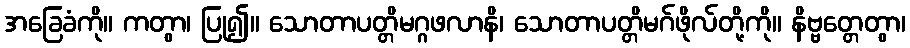
အခြေခံကို။ ကတွာ၊ ပြု၍။ သောတာပတ္တိမဂ္ဂဖလာနိ၊ သောတာပတ္တိမဂ်ဖိုလ်တို့ကို။ နိဗ္ဗတ္တေတွာ၊